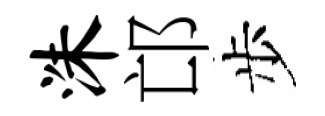
洙邙步